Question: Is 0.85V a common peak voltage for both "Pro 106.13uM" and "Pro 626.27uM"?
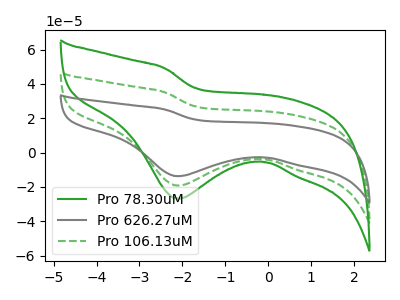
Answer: <think>The green curve "Pro 78.30uM" has a cathodic peak at: (-2.10V, -38.45uA). The gray curve "Pro 626.27uM" has a cathodic peak at: (-2.10V, -13.75uA). The green dashed curve "Pro 106.13uM" has a cathodic peak at: (-2.10V, -19.25uA).</think>
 <answer>No, "Pro 106.13uM" and "Pro 626.27uM" dont share a peak at 0.85V.</answer>
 <eval>mismatch</eval>